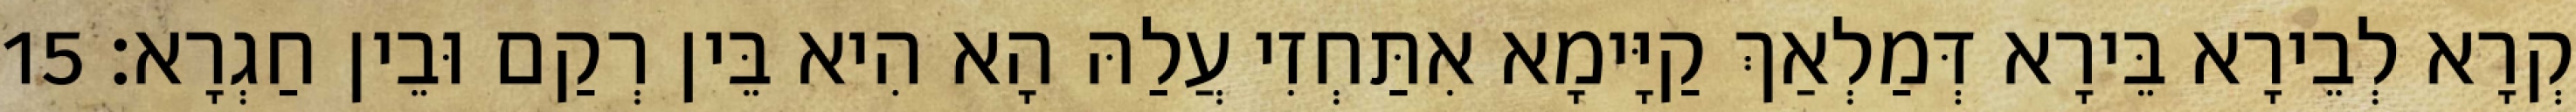
קְרָא לְבֵירָא בֵּירָא דְּמַלְאַךְ קַיָּימָא אִתַּחְזִי עֲלַהּ הָא הִיא בֵּין רְקַם וּבֵין חַגְרָא׃ 15